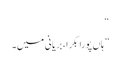
“
”ہاں پورا بکرا، بریانی میں۔